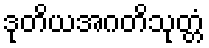
ဒုတိယအဂတိသုတ္တံ